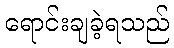
ရောင်းချခဲ့ရသည်